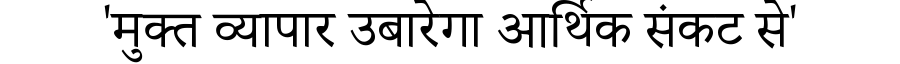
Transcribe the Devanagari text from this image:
'मुक्त व्यापार उबारेगा आर्थिक संकट से'